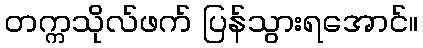
တက္ကသိုလ်ဖက် ပြန်သွားရအောင်။